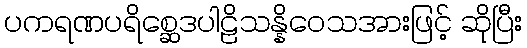
ပကရဏပရိစ္ဆေဒပါဠိသန္နိဝေသအားဖြင့် ဆိုပြီး